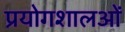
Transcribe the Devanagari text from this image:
प्रयोगशालओं